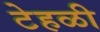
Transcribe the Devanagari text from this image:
टेहळी